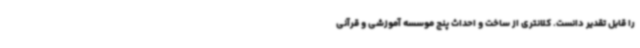
را قابل تقدیر دانست. کلانتری از ساخت و احداث پنج موسسه آموزشی و قرآنی